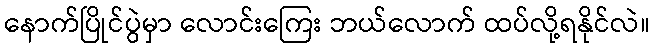
နောက်ပြိုင်ပွဲမှာ လောင်းကြေး ဘယ်လောက် ထပ်လို့ရနိုင်လဲ။